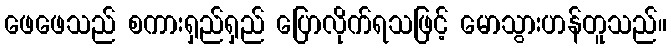
ဖေဖေသည် စကားရှည်ရှည် ပြောလိုက်ရသဖြင့် မောသွားဟန်တူသည်။